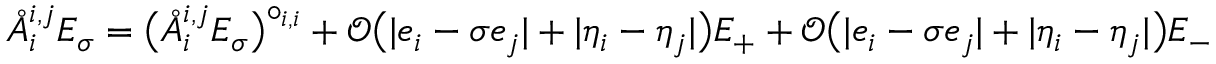
\mathring { A } _ { i } ^ { { i , j } } E _ { \sigma } = \big ( \mathring { A } _ { i } ^ { { i , j } } E _ { \sigma } \big ) ^ { \circ _ { i , i } } + \mathcal { O } \big ( | e _ { i } - \sigma e _ { j } | + | \eta _ { i } - \eta _ { j } | \big ) E _ { + } + \mathcal { O } \big ( | e _ { i } - \sigma e _ { j } | + | \eta _ { i } - \eta _ { j } | \big ) E _ { - }